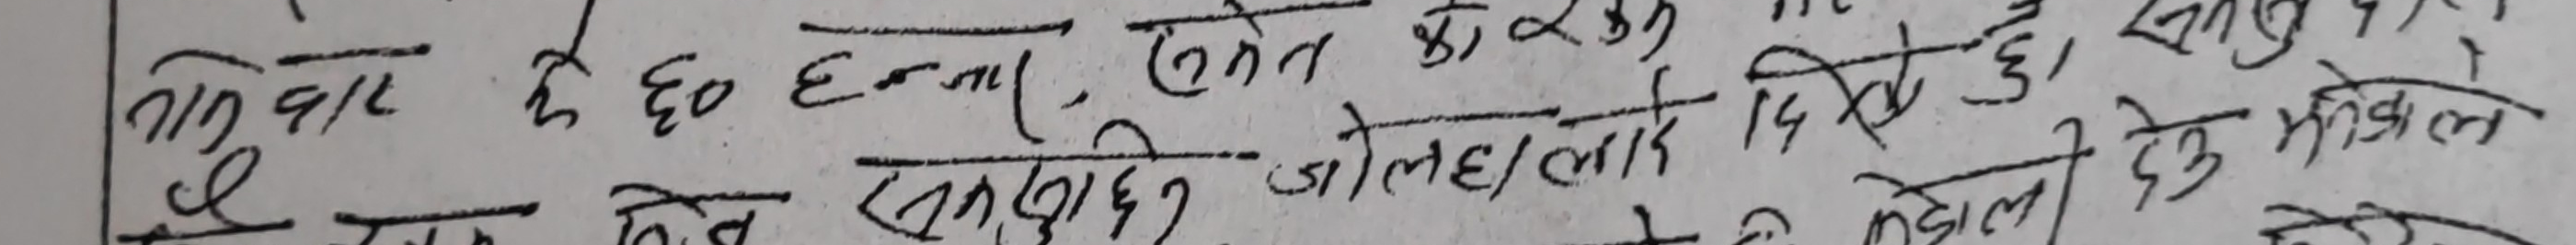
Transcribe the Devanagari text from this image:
गिरि वाग के छ हन्न (एवेन) का ३१ दिए छै, खुट्टल
कि दिन संपुर्ण जोल मे लाई १५ दिन छै देहु भयो हाल